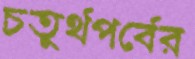
চতুর্থপর্বের